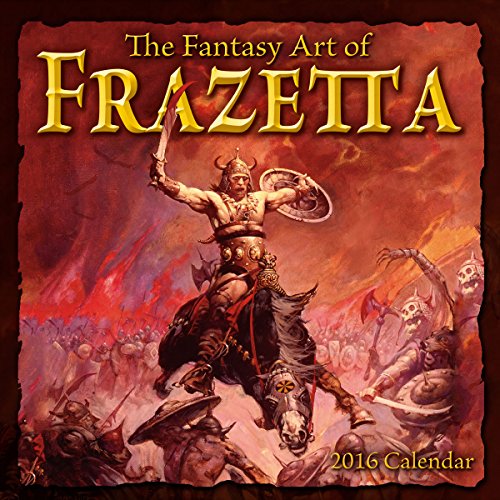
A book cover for Fantasy Art of Frank Frazetta 2016 Wall Calendar; Frank Frazetta; Calendars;